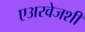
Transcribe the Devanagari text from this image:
एअरवेजशी